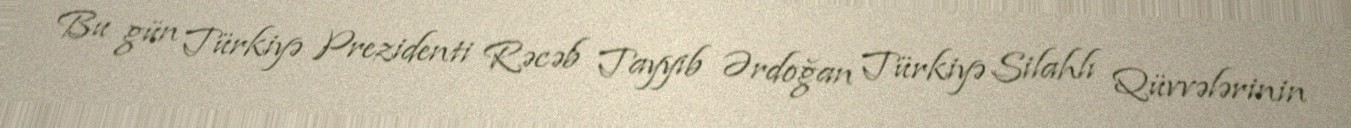
Bu gün Türkiyə Prezidenti Rəcəb Tayyib Ərdoğan Türkiyə Silahlı Qüvvələrinin